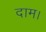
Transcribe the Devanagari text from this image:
दाम।